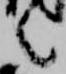
言